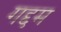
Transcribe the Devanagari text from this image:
गद्दम